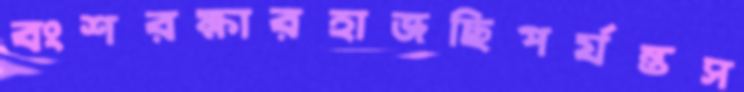
বংশরক্ষারহাজছিপর্যন্তস